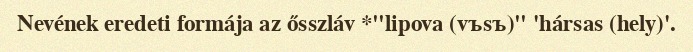
Nevének eredeti formája az ősszláv *"lipova (vъsъ)" 'hársas (hely)'.